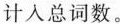
计入总词数